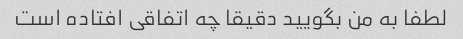
لطفا به من بگویید دقیقا چه اتفاقی افتاده است